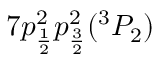
7 p _ { \frac { 1 } { 2 } } ^ { 2 } p _ { \frac { 3 } { 2 } } ^ { 2 } ( ^ { 3 } P _ { 2 } )